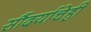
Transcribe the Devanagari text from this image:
सौंदर्याचेही